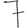
Digit: 7